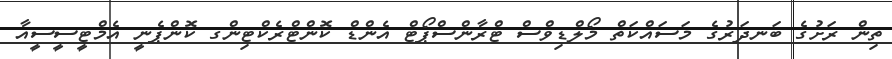
ތިން ރަށުގެ ބަނދަރުގެ މަސައްކަތް މޯލްޑިވްސް ޓްރާންސްޕޯޓް އެންޑް ކޮންޓްރެކްޓިންގ ކޮންޕެނީ އެމްޓީސީސީއާ